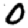
Digit: 0